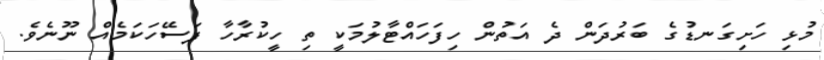
މުޅިި ހަށިގަނޑުގެ ބަރުދަން ދެ އަތުން ހިފަހައްޓާލުމަކީ ތި ހީކުރާހާ ފަސޭހަކަމެއް ނޫނެވެ.